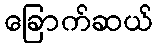
ခြောက်ဆယ်